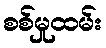
စစ်မှုထမ်း